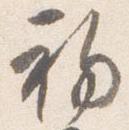
初